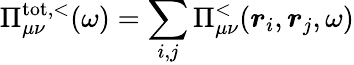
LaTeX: \Pi_{\mu\nu}^{\mathrm{tot,<}}(\omega)=\sum_{i,j}\Pi_{\mu\nu}^{<}(\boldsymbol{r}_{i},\boldsymbol{r}_{j},\omega)